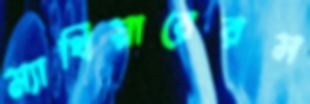
ম্যাথিয়ারেরস